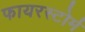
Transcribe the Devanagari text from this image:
फायरस्टोर्म